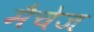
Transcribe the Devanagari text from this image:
मैचेज